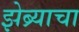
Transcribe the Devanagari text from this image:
झेब्र्याचा